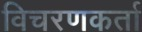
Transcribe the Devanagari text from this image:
विचरणकर्ता